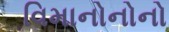
વિમાનોનોનો